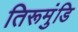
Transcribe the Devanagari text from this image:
तिरूमुंडि